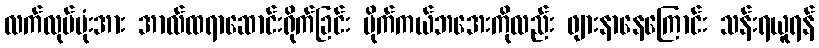
လက်လုပ်ဗုံးအား အာလ်ထရာဆောင်းရိုက်ခြင်း မိုက်ကယ်ဘအေးကိုလည်း ဖျားနာနေကြောင်း သန်းရယူရန်